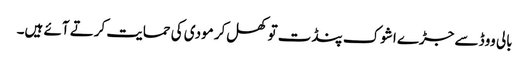
بالی ووڈ سے جڑے اشوک پنڈت تو کھل‌کر مودی کی حمایت کرتے آئے ہیں۔